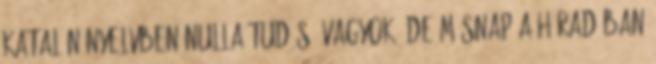
katalán nyelvben nulla tudású vagyok, de másnap a híradóban